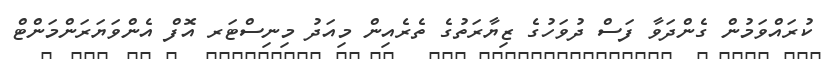
ކުރައްވަމުން ގެންދަވާ ފަސް ދުވަހުގެ ޒިޔާރަތުގެ ތެރެއިން މިއަދު މިނިސްޓަރ އޮފް އެންވަޔަރަންމަންޓް